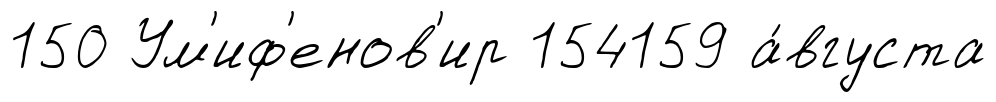
150 Ум'иф'енов'ир 154159 а́вгуста